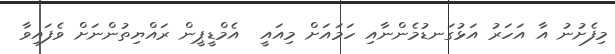
މިފެށުނު އާ އަހަރު އަޅުގަނޑުމެންނާއި ހަމައަށް މިއައީ  އެމްޑީޕީން ރައްޔިތުންނަށް ވެފައިވާ